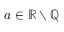
a \in \mathbb { R } \setminus \mathbb { Q }